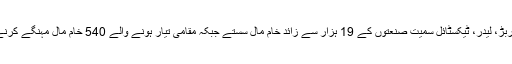
وفاقی بجٹ میں کیمیکل، ربڑ، لیدر، ٹیکسٹائل سمیت صنعتوں کے 19 ہزار سے زائد خام مال سستے جبکہ مقامی تیار ہونے والے 540 خام مال مہنگے کرنے کا فیصلہ کر لیا گیا ہے۔